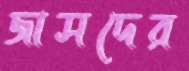
জাসদের